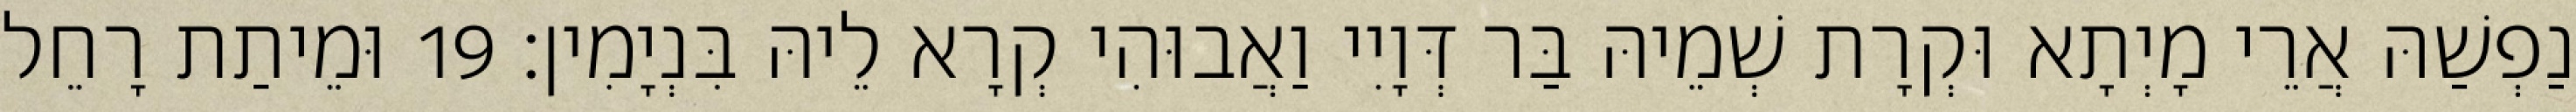
נַפְשַׁהּ אֲרֵי מָיְתָא וּקְרָת שְׁמֵיהּ בַּר דְּוָיִי וַאֲבוּהִי קְרָא לֵיהּ בִּנְיָמִין׃ 19 וּמֵיתַת רָחֵל